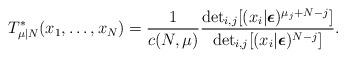
LaTeX: \begin{align*}T^*_{\mu|N}(x_1, \ldots, x_N) = \frac{1}{c(N, \mu)}\frac{\det_{i, j}[(x_i | \boldsymbol{\epsilon})^{\mu_j + N - j}]}{\det_{i, j}[(x_i | \boldsymbol{\epsilon})^{N - j}]}.\end{align*}